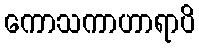
ကောသကာဟာရာပိ